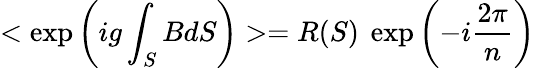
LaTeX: <\exp\left(ig\int_{S}BdS\right)>=R(S)~\exp\left(-i\frac{2\pi}{n}\right)